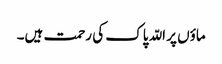
ماؤں پر اللّہ پاک کی رحمت ہیں۔